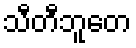
သီတီဘူတေ